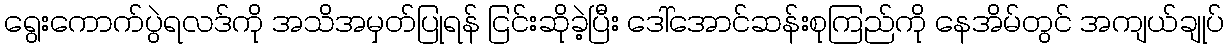
ရွေးကောက်ပွဲရလဒ်ကို အသိအမှတ်ပြုရန် ငြင်းဆိုခဲ့ပြီး ဒေါ်အောင်ဆန်းစုကြည်ကို နေအိမ်တွင် အကျယ်ချုပ်